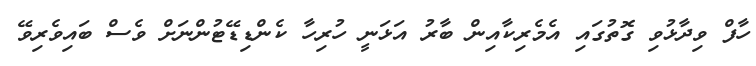
ހާފް ވިދާޅުވި ގޮތުގައި އެމެރިކާއިން ބާރު އަޅަނީ ހުރިހާ ކެންޑިޑޭޓުންނަށް ވެސް ބައިވެރިވޭ